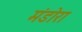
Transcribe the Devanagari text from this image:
मंडोरा